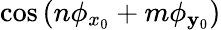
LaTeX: \cos{(n\phi_{x_{0}}+m\phi_{\mathbf{y}_{0}})}